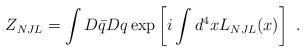
LaTeX: \begin{align*}Z_{NJL} = \int D\bar{q} Dq \exp\left[i\int d^4x L_{NJL}(x)\right]\,\,.\end{align*}